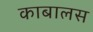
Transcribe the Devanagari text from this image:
काबालस